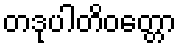
တဒုပါတိဝတ္တော